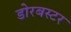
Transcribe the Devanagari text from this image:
डोरबस्टर